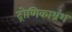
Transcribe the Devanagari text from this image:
द्रोणिकाभ्रंश